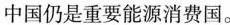
中国仍是重要能源消费国。